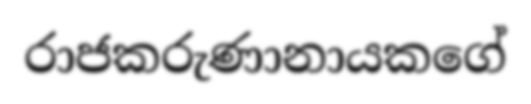
රාජකරුණානායකගේ